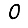
Digit: 0